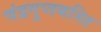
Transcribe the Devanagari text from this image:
चंद्रगुप्तबस्ति